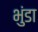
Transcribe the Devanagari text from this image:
भुंडा